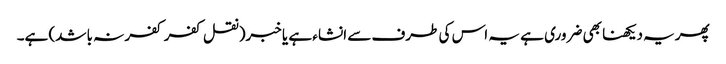
پھریہ دیکھنا بھی ضروری ہے یہ اس کی طرف سے انشاء ہے یا خبر(نقل کفر کفر نہ باشد) ہے۔